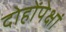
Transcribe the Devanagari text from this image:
दोहोंपेक्षां